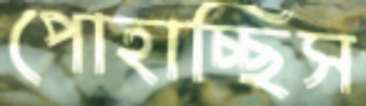
পোহাচ্ছিস